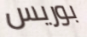
بوريس